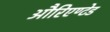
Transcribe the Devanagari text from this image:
औरिएण्टेड